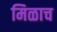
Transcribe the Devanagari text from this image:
मिळाच